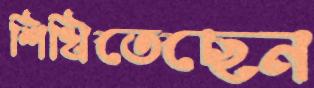
শিখিতেছেন